Report on the working of the Ranchi Indian Mental Hospital, Kanke, in Bihar and Orissa - 1930-1940
Year: 1930
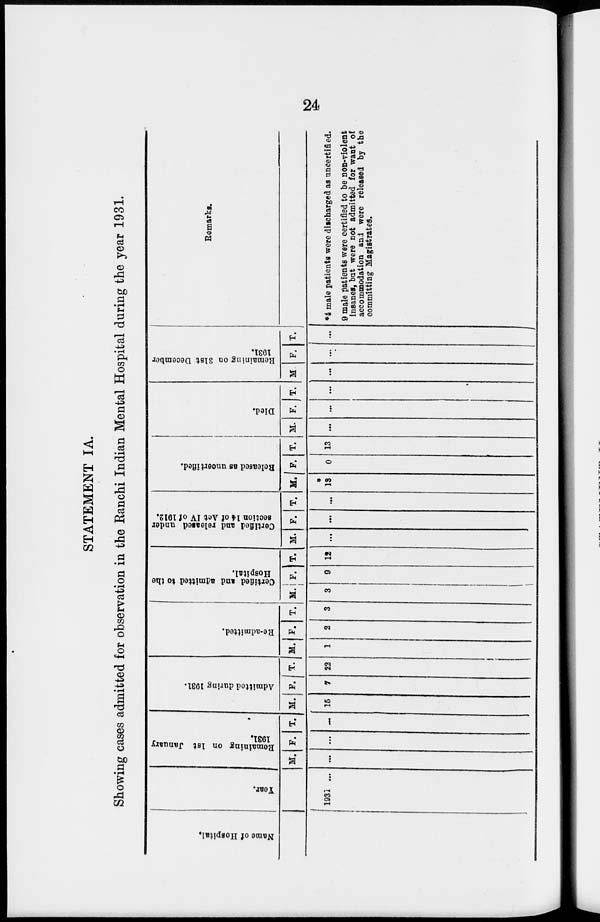
24
STATEMENT IA.
Showing cases admitted for observation in the Ranchi Indian Mental Hospital during the year 1931.
Name of Hospital.
Year.
1931 ...
Remaining on 1st January
1931.
M.
...
F.
...
T.
...
Admitted during 1931.
M.
15
F.
7
T.
22
Re-admitted.
M.
1
F.
2
T.
3
Certified and admitted to the
Hospital.
M.
3
F.
9
Certified and released under
section 14 of Act IV of 1912.
Released as uncertified.
Died.
T.
12
M.
...
F.
...
T.
...
M.
*
13
F.
0
T.
13
M.
...
F.
...
T.
...
Remaining on 31st December
1931.
M
...
F.
...
T.
...
Remarks.
*4 male patients were discharged as uncertified.
9 male patients were certified to be non-violent
insanes, but were not admitted for want of
accommodation and were released by the
committing Magistrates.